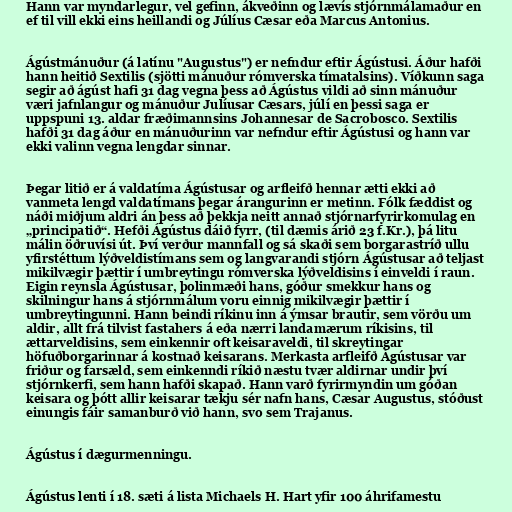
Hann var myndarlegur, vel gefinn, ákveðinn og lævís stjórnmálamaður en
ef til vill ekki eins heillandi og Júlíus Cæsar eða Marcus Antonius.

Ágústmánuður (á latínu "Augustus") er nefndur eftir Ágústusi. Áður hafði
hann heitið Sextilis (sjötti mánuður rómverska tímatalsins). Víðkunn saga
segir að ágúst hafi 31 dag vegna þess að Ágústus vildi að sinn mánuður
væri jafnlangur og mánuður Julíusar Cæsars, júlí en þessi saga er
uppspuni 13. aldar fræðimannsins Johannesar de Sacrobosco. Sextilis
hafði 31 dag áður en mánuðurinn var nefndur eftir Ágústusi og hann var
ekki valinn vegna lengdar sinnar.

Þegar litið er á valdatíma Ágústusar og arfleifð hennar ætti ekki að
vanmeta lengd valdatímans þegar árangurinn er metinn. Fólk fæddist og
náði miðjum aldri án þess að þekkja neitt annað stjórnarfyrirkomulag en
„principatið“. Hefði Ágústus dáið fyrr, (til dæmis árið 23 f.Kr.), þá litu
málin öðruvísi út. Því verður mannfall og sá skaði sem borgarastríð ullu
yfirstéttum lýðveldistímans sem og langvarandi stjórn Ágústusar að teljast
mikilvægir þættir í umbreytingu rómverska lýðveldisins í einveldi í raun.
Eigin reynsla Ágústusar, þolinmæði hans, góður smekkur hans og
skilningur hans á stjórnmálum voru einnig mikilvægir þættir í
umbreytingunni. Hann beindi ríkinu inn á ýmsar brautir, sem vörðu um
aldir, allt frá tilvist fastahers á eða nærri landamærum ríkisins, til
ættarveldisins, sem einkennir oft keisaraveldi, til skreytingar
höfuðborgarinnar á kostnað keisarans. Merkasta arfleifð Ágústusar var
friður og farsæld, sem einkenndi ríkið næstu tvær aldirnar undir því
stjórnkerfi, sem hann hafði skapað. Hann varð fyrirmyndin um góðan
keisara og þótt allir keisarar tækju sér nafn hans, Cæsar Augustus, stóðust
einungis fáir samanburð við hann, svo sem Trajanus.

Ágústus í dægurmenningu.

Ágústus lenti í 18. sæti á lista Michaels H. Hart yfir 100 áhrifamestu